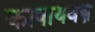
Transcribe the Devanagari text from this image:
काषायवस्त्र